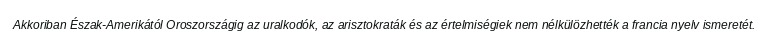
Akkoriban Észak-Amerikától Oroszországig az uralkodók, az arisztokraták és az értelmiségiek nem nélkülözhették a francia nyelv ismeretét.